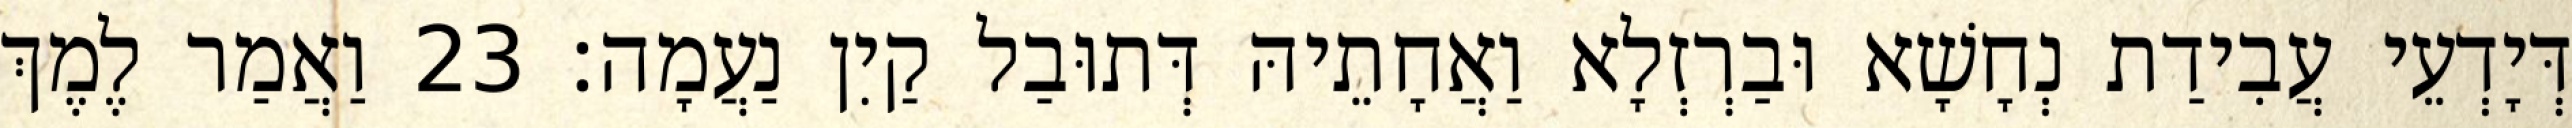
דְּיָדְעֵי עֲבִידַת נְחָשָׁא וּבַרְזְלָא וַאֲחָתֵיהּ דְּתוּבַל קַיִן נַעֲמָה׃ 23 וַאֲמַר לֶמֶךְ